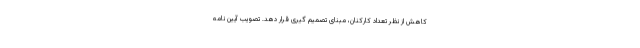
کاهش از نظر تعداد کارکنان، مبنای تصمیم گیری قرار دهد. تصویب آیین نامه